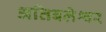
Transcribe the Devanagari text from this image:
अतिबलेश्वर